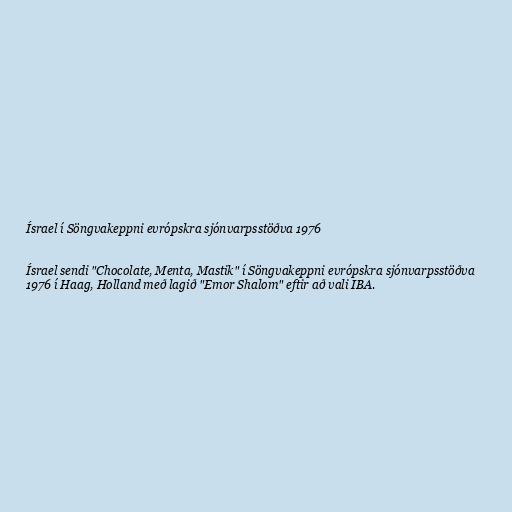
Ísrael í Söngvakeppni evrópskra sjónvarpsstöðva 1976

Ísrael sendi "Chocolate, Menta, Mastik" í Söngvakeppni evrópskra sjónvarpsstöðva
1976 í Haag, Holland með lagið "Emor Shalom" eftir að vali IBA.